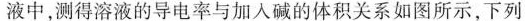
液中，测得溶液的导电率与加入碱的体积关系如图所示，下列